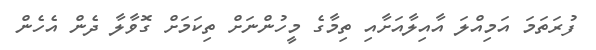
ފުރަތަމަ އަމިއްލަ އާއިލާއަށާއި ތިމާގެ މީހުންނަށް ތިކަމަށް ގޮވާލާ ދެން އެހެން